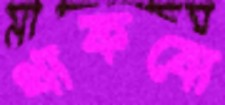
থাকবো